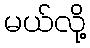
မယ်လို့